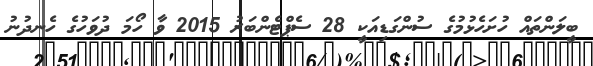
ބީލަންތައް ހުށަހެޅުމުގެ ސުންގަޑިއަކީ 28 ސެޕްޓެންބަރު 2015 ވާ ހޯމަ ދުވަހުގެ ހެނދުނު